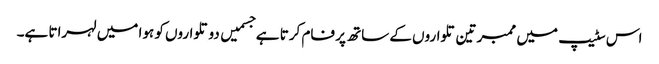
اس سٹیپ میں ممبر تین تلواروں کے ساتھ پر فام کرتا ہے جسمیں دو تلواروں کو ہوا میں لہراتا ہے۔